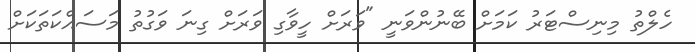
ހެލްތު މިނިސްޓަރު ކަމަށް ބޭނުންވަނީ "ވަރަށް ހީވާގި ވަރަށް ގިނަ ވަގުތު މަސައްކަތަކަށް